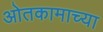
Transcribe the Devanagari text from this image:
ओतकामाच्या